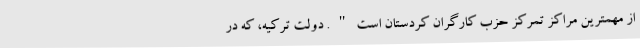
از مهمترین مراکز تمرکز حزب کارگران کردستان است". دولت ترکیه، که در